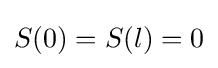
S(0)=S(l)=0